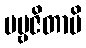
ပဗ္ဗဇိတာပိ